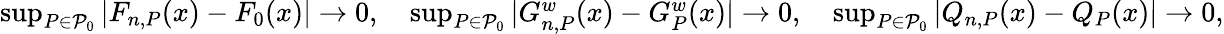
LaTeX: \begin{array}{r}{\operatorname*{sup}_{P\in\mathcal{P}_{0}}|F_{n,P}(x)-F_{0}(x)|\rightarrow 0,\quad\operatorname*{sup}_{P\in\mathcal{P}_{0}}|G_{n,P}^{w}(x)-G_{P}^{w}(x)|\rightarrow 0,\quad\operatorname*{sup}_{P\in\mathcal{P}_{0}}|Q_{n,P}(x)-Q_{P}(x)|\rightarrow 0,}\end{array}